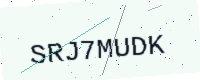
Text: SRJ7MUDK